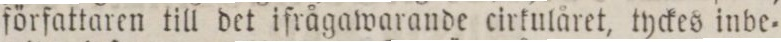
författaren till det ifrågawarande cirkulåret, tyckes inbe=